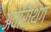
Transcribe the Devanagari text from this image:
अवेरिथिंग